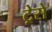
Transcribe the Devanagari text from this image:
ट्रेसे